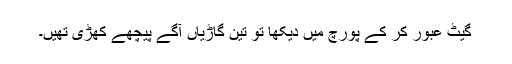
گیٹ عبور کر کے پورچ میں دیکھا تو تین گاڑیاں آگے پیچھے کھڑی تھیں۔